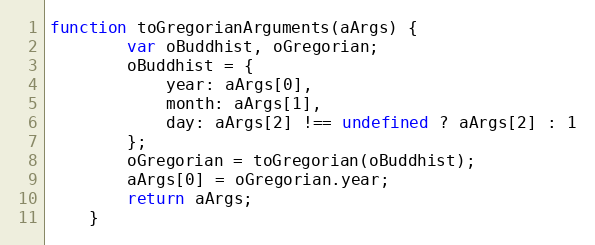
Language: JavaScript
function toGregorianArguments(aArgs) {
		var oBuddhist, oGregorian;
		oBuddhist = {
			year: aArgs[0],
			month: aArgs[1],
			day: aArgs[2] !== undefined ? aArgs[2] : 1
		};
		oGregorian = toGregorian(oBuddhist);
		aArgs[0] = oGregorian.year;
		return aArgs;
	}